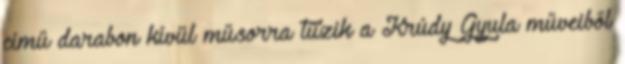
című darabon kívül műsorra tűzik a Krúdy Gyula műveiből